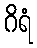
ဂိရံ